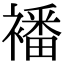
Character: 襎